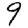
Digit: 9